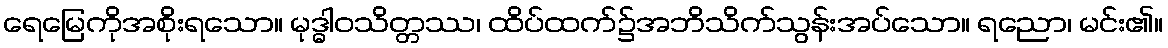
ရေမြေကိုအစိုးရသော။ မုဒ္ဓါဝသိတ္တဿ၊ ထိပ်ထက်၌အဘိသိက်သွန်းအပ်သော။ ရညော၊ မင်း၏။